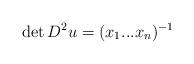
LaTeX: \begin{align*}\det D^2u = (x_1...x_n)^{-1}\end{align*}